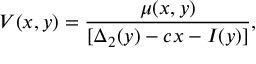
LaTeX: V ( x , y ) = \frac { \mu ( x , y ) } { [ \Delta _ { 2 } ( y ) - c x - I ( y ) ] } ,